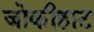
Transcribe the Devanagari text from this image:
जोकीहाट